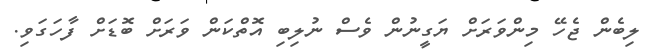
ލިބެން ޖެހޭ މިންވަރަށް ޔަގީނުން ވެސް ނުލިބި އޮތްކަން ވަރަށް ބޮޑަށް ފާހަގަވި.